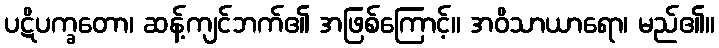
ပဋိပက္ခတော၊ ဆန့်ကျင်ဘက်၏ အဖြစ်ကြောင့်။ အဝိသာယာရော၊ မည်၏။